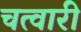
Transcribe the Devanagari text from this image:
चत्वारी